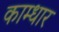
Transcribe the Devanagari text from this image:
काम्धार